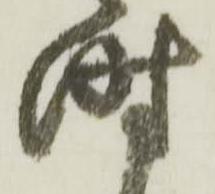
時